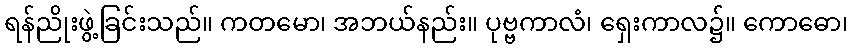
ရန်ညိုးဖွဲ့ခြင်းသည်။ ကတမော၊ အဘယ်နည်း။ ပုဗ္ဗကာလံ၊ ရှေးကာလ၌။ ကောဓော၊